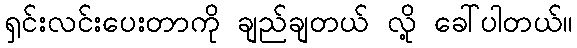
ရှင်းလင်းပေးတာကို ချည်ချတယ် လို့ ခေါ်ပါတယ်။